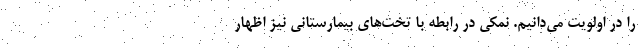
را در اولویت می‌دانیم. نمکی در رابطه با تخت‌های بیمارستانی نیز اظهار